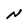
Character: N